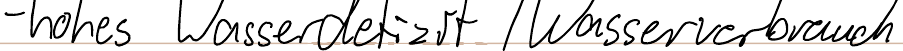
- hohes Wasserdefizit / Wasserverbrauch